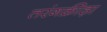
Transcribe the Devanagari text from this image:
तरंगक्रीड़ा